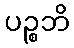
ပဉ္စဘိ